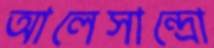
আলেসান্দ্রো